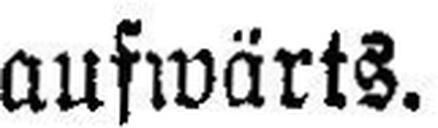
aufwärts.